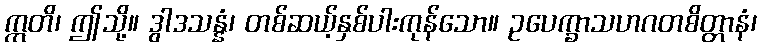
ဣတိ၊ ဤသို့။ ဒွါဒသန္နံ၊ တစ်ဆယ့်နှစ်ပါးကုန်သော။ ဥပေက္ခာသဟဂတစိတ္တာနံ၊